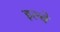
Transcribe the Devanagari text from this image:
इल्बे